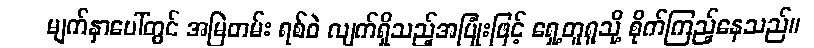
မျက်နှာပေါ်တွင် အမြဲတမ်း ရစ်ဝဲ လျက်ရှိသည့်အပြုံးဖြင့် ရှေ့တူရူသို့ စိုက်ကြည့်နေသည်။